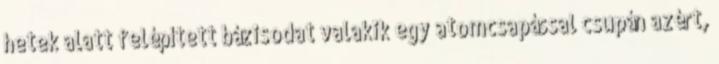
hetek alatt felépített bázisodat valakik egy atomcsapással csupán azért,